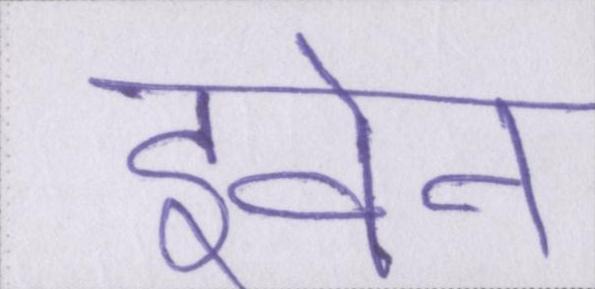
इवेन